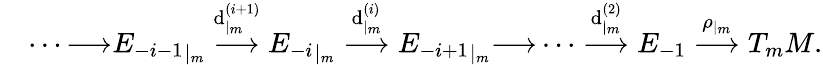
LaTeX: \quad\cdots{\longrightarrow}{E_{-i-1}}_{|_{m}}\stackrel{\mathrm{d}_{|_{m}}^{(i+1)}}{\longrightarrow}{E_{-i}}_{|_{m}}\stackrel{\mathrm{d}_{|_{m}}^{(i)}}{\longrightarrow}{E_{-i+1}}_{|_{m}}{\longrightarrow}\cdots\stackrel{\mathrm{d}_{|_{m}}^{(2)}}{\longrightarrow}E_{-1}\stackrel{\rho_{|_{m}}}{\longrightarrow}T_{m}M.